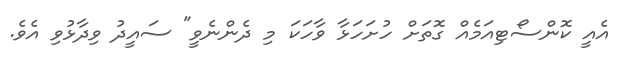
އެއީ ކޮންސޯޓިއަމެއް ގޮތަށް ހުށަހަޅާ ވާހަކަ މި ދެންނެވީ" ސައީދު ވިދާޅުވި އެވެ.